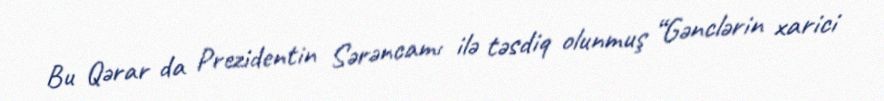
Bu Qərar da Prezidentin Sərəncamı ilə təsdiq olunmuş “Gənclərin xarici